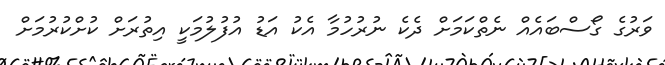
ވަރުގެ ގޯސްބައެއް ނެތްކަމަށް ދެކެ ނުރުހުމާ އެކު އަޑު އުފުލުމަކީ އިތުރަށް ކުށްކުރުމަށް